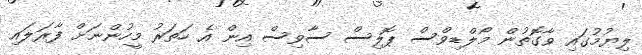
ލިޔުމުގައި ވާގޮތުން މޯލްޑިވްސް ޕޮލިސް ސާވިސް އިން އެ ހަތަރު މީހުންނަށް ފާރަލައި